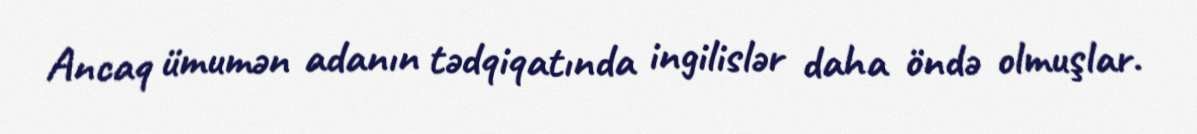
Ancaq ümumən adanın tədqiqatında ingilislər daha öndə olmuşlar.